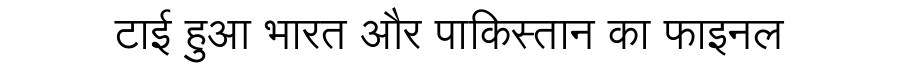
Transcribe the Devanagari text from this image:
टाई हुआ भारत और पाकिस्तान का फाइनल